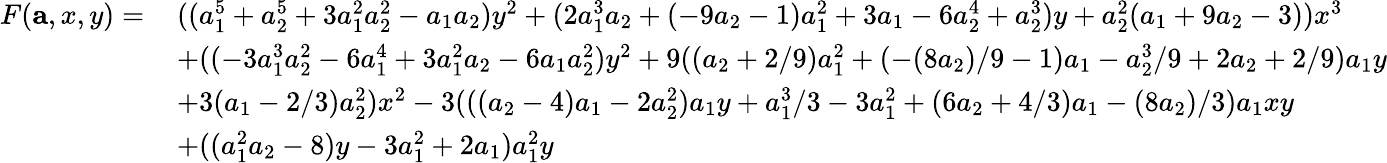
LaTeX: \begin{array}{rl}{F(\mathbf{a},x,y)=\, }&{((a_{1}^{5}+a_{2}^{5}+3a_{1}^{2}a_{2}^{2}-a_{1}a_{2})y^{2}+(2a_{1}^{3}a_{2}+(-9a_{2}-1)a_{1}^{2}+3a_{1}-6a_{2}^{4}+a_{2}^{3})y+a_{2}^{2}(a_{1}+9a_{2}-3))x^{3}}\\ &{+((-3a_{1}^{3}a_{2}^{2}-6a_{1}^{4}+3a_{1}^{2}a_{2}-6a_{1}a_{2}^{2})y^{2}+9((a_{2}+2/9)a_{1}^{2}+(-(8a_{2})/9-1)a_{1}-a_{2}^{3}/9+2a_{2}+2/9)a_{1}y}\\ &{+3(a_{1}-2/3)a_{2}^{2})x^{2}-3(((a_{2}-4)a_{1}-2a_{2}^{2})a_{1}y+a_{1}^{3}/3-3a_{1}^{2}+(6a_{2}+4/3)a_{1}-(8a_{2})/3)a_{1}xy}\\ &{+((a_{1}^{2}a_{2}-8)y-3a_{1}^{2}+2a_{1})a_{1}^{2}y}\end{array}